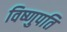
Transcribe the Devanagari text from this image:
विष्णुपति